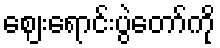
ဈေးရောင်းပွဲတော်ကို